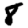
Digit: 8